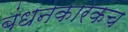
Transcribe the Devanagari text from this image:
बंधनकारकच